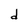
Character: d